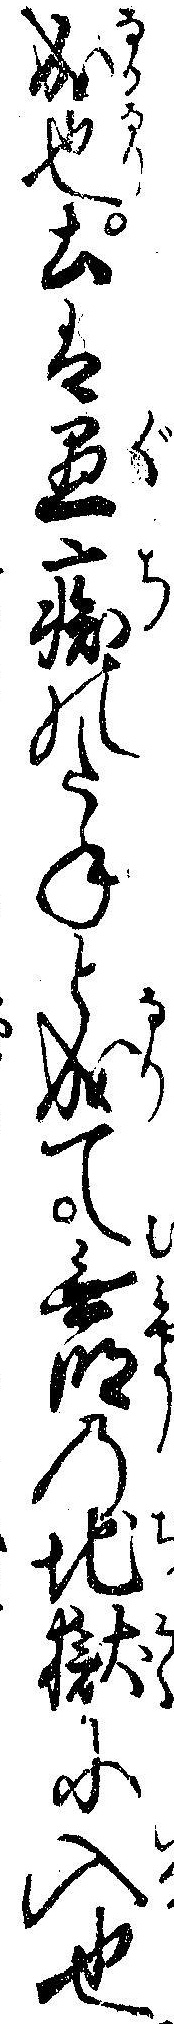
成也土は愚痴のたねと成て無明の地獄に入也